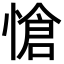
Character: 愴